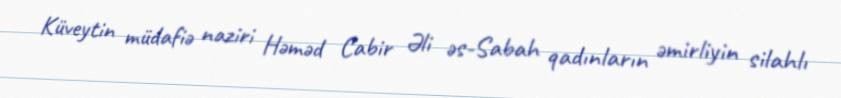
Küveytin müdafiə naziri Həməd Cabir Əli əs-Sabah qadınların əmirliyin silahlı